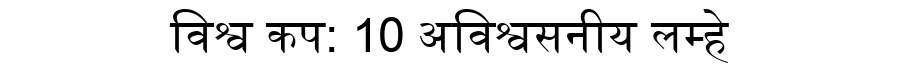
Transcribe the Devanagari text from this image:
विश्व कप: 10 अविश्वसनीय लम्हे